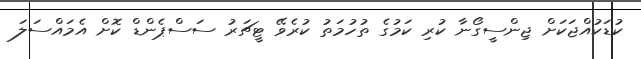
ކުޑަކުއްޖަކަށް ޖިންސީގޯނާ ކުރި ކަމުގެ ތުހުމަތު ކުރެވޭ ޓީޗަރު ސަސްޕެންޑް ކޮށް އެމައްސަލަ